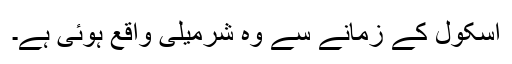
اسکول کے زمانے سے وہ شرمیلی واقع ہوئی ہے۔